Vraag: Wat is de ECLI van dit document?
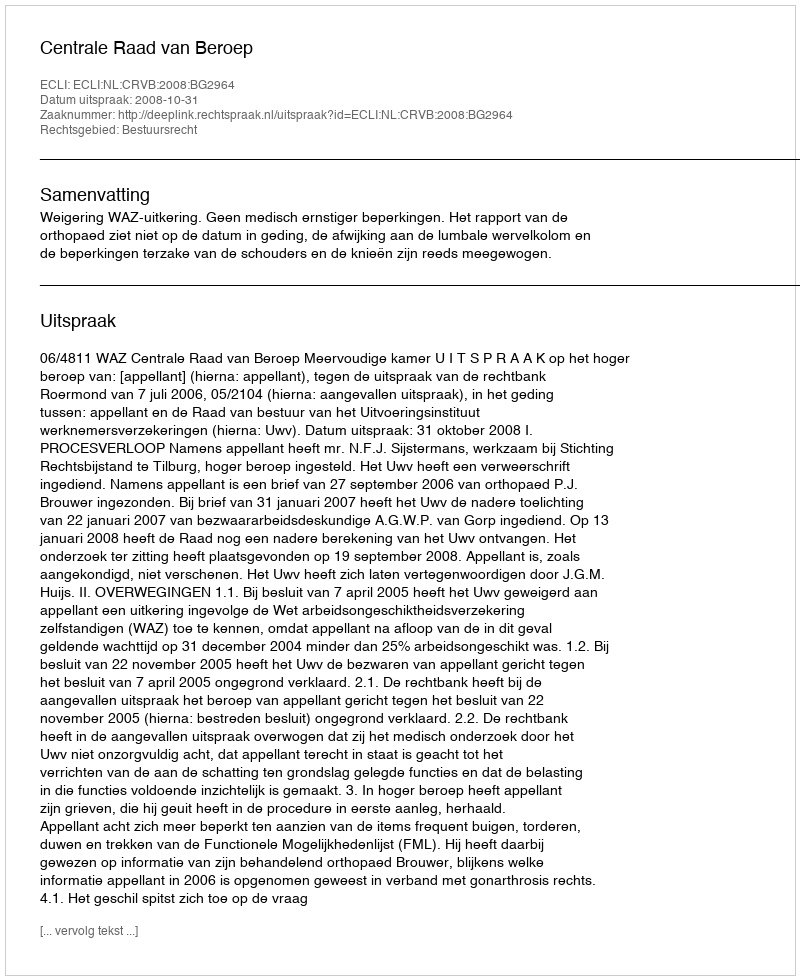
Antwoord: ECLI:NL:CRVB:2008:BG2964